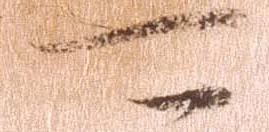
可